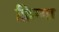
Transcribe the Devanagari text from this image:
फ़्रिग्गा